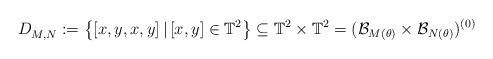
LaTeX: \begin{align*}D_{M,N}^{}:= \left\{ [x,y,x,y] \,\vert\, [x,y]\in\mathbb{T}^2\right\}\subseteq \mathbb{T}^{2}\times \mathbb{T}^{2} = (\mathcal{B}_{ M(\theta)}\times\mathcal{B}_{ N(\theta)})^{(0)}\end{align*}